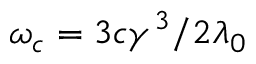
\omega _ { c } = 3 c \gamma ^ { 3 } / 2 \lambda _ { 0 }